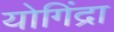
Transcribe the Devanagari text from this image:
योगिंद्रा